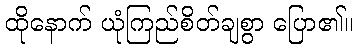
ထိုနောက် ယုံကြည်စိတ်ချစွာ ပြော၏။